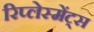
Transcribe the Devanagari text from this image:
रिप्लेस्मेंट्स